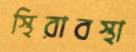
স্থিরাবস্থা